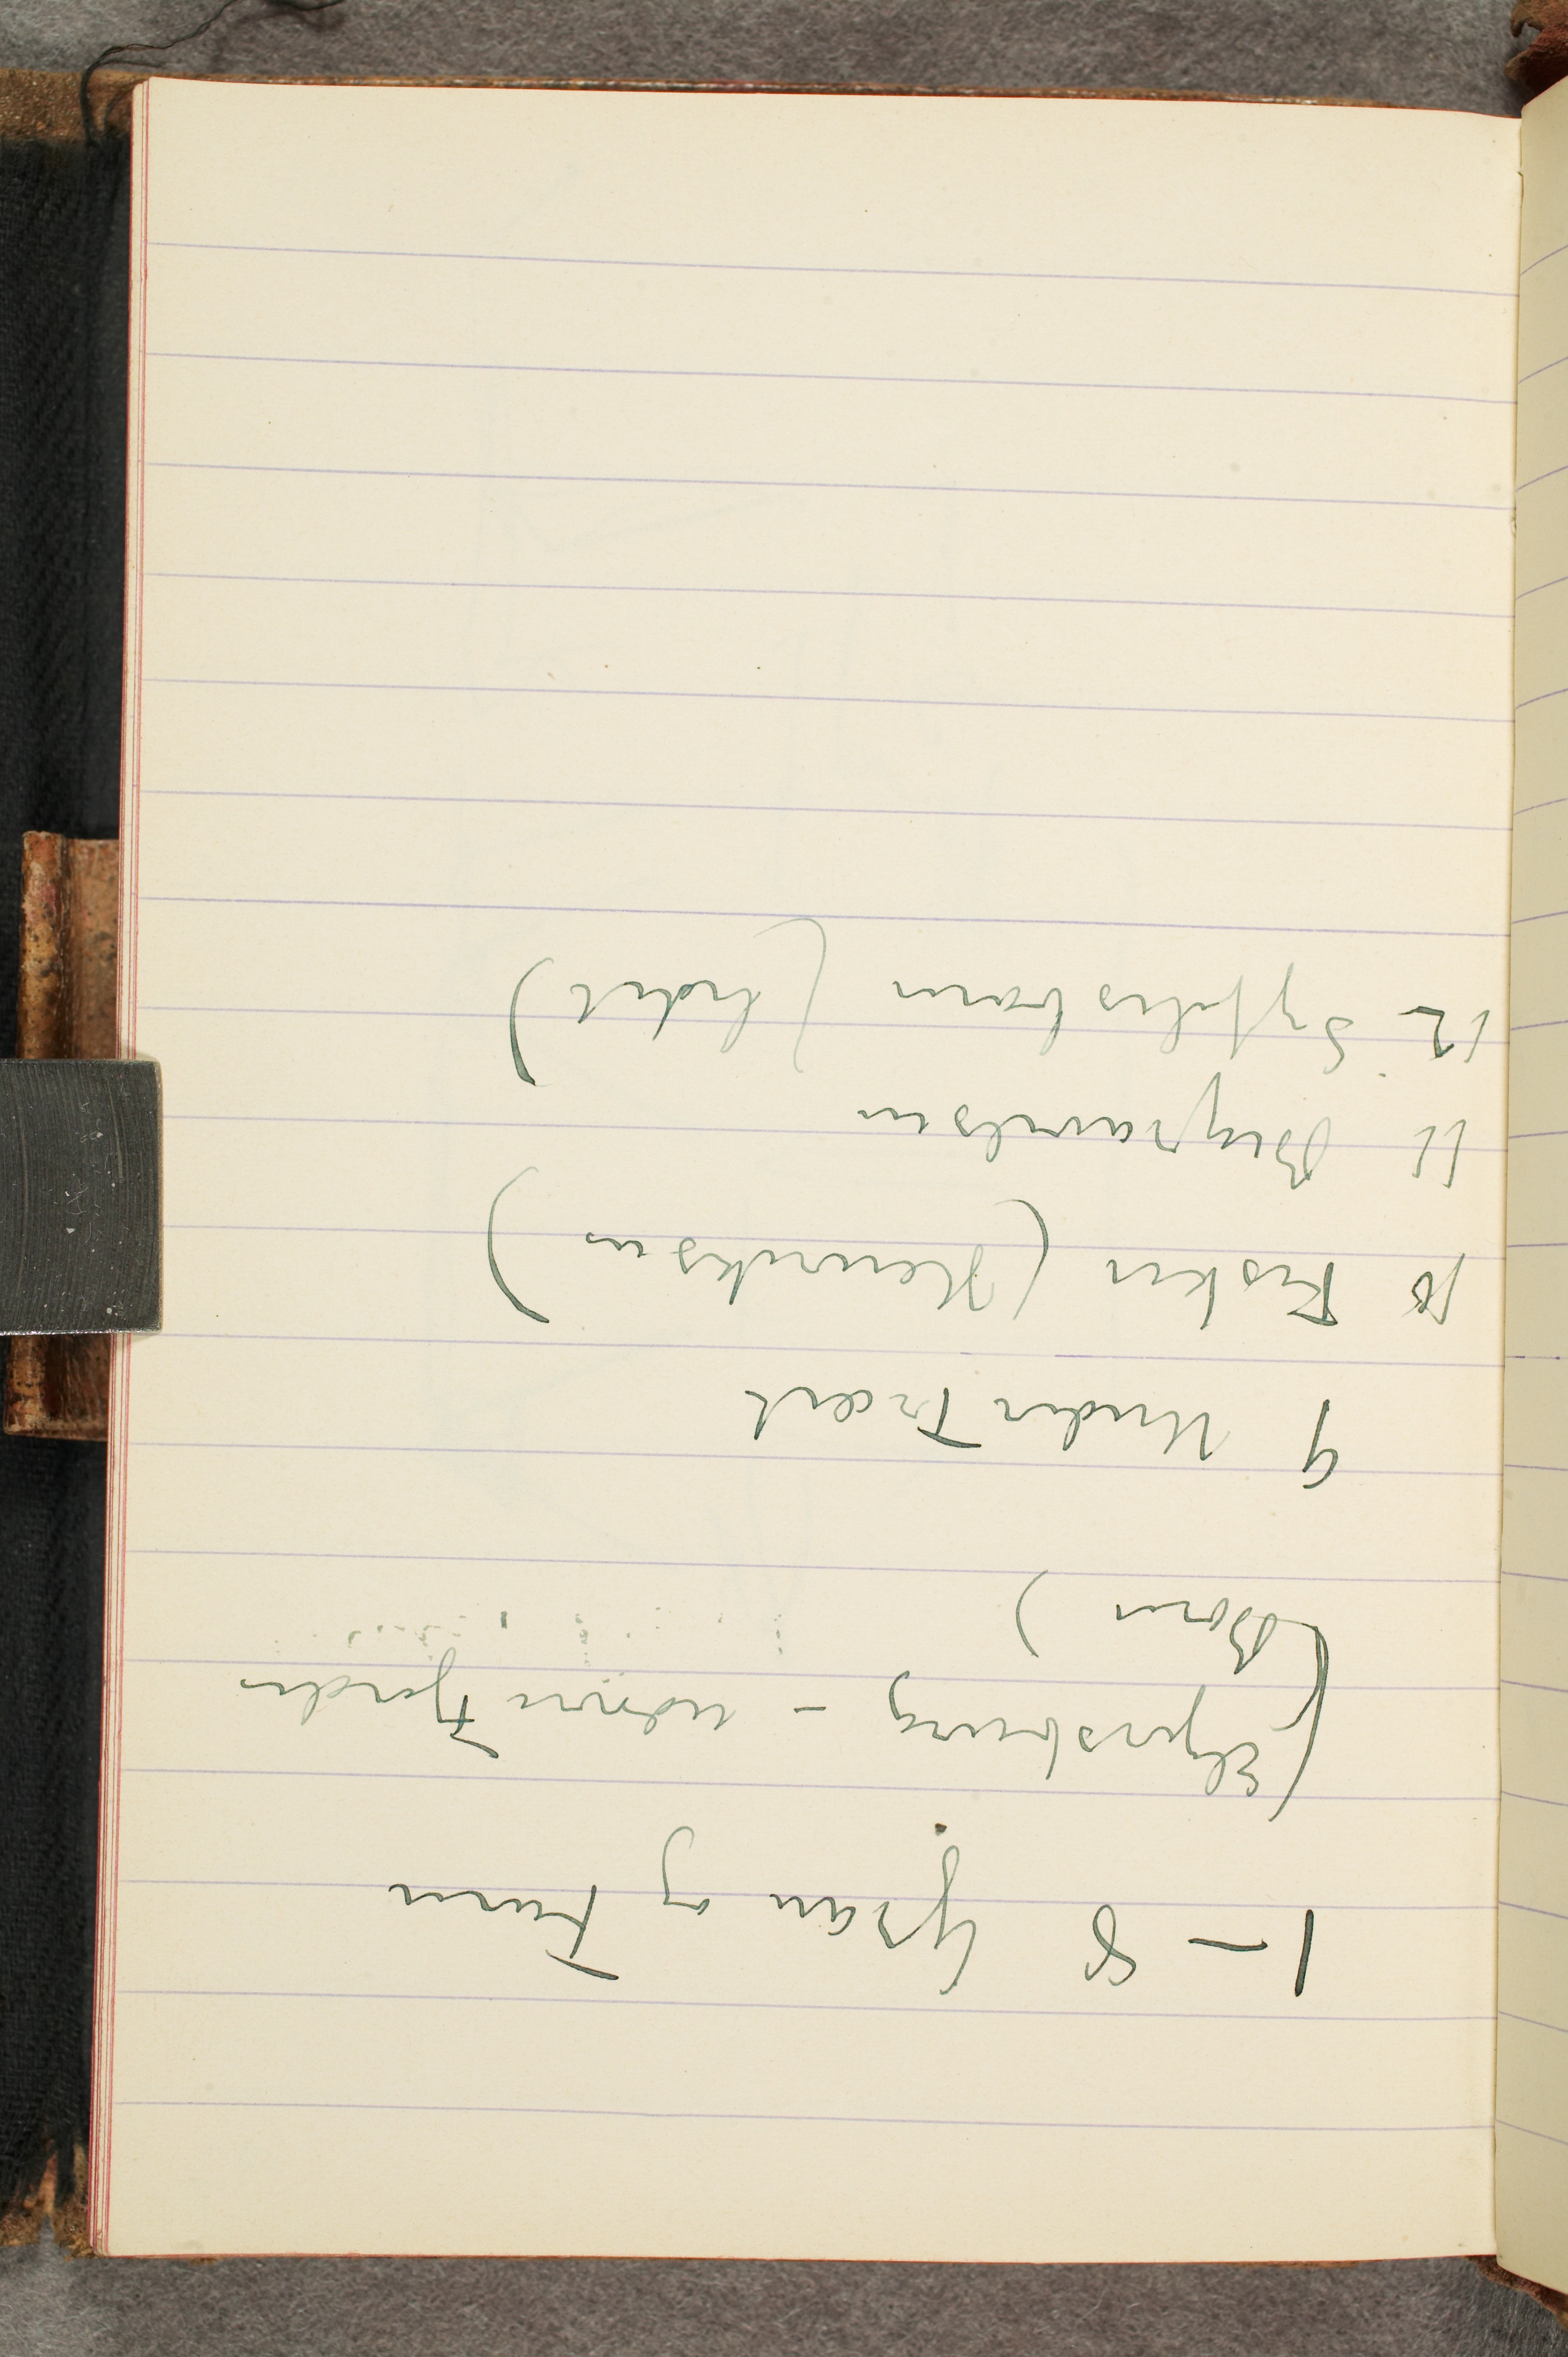
1–8 Gran og Furu
(Elgersburg – udover Fjorden
Børn)
9 Under Træet
10 Fisker (Henriksen)
11 Begravelsen
12 Syfilisbarn (lidet)